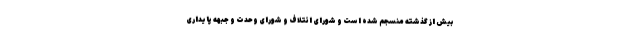
بیش از گذشته منسجم شده است و شورای ائتلاف و شورای وحدت و جبهه پایداری